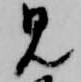
見